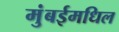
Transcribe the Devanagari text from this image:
मुंबईमधिल